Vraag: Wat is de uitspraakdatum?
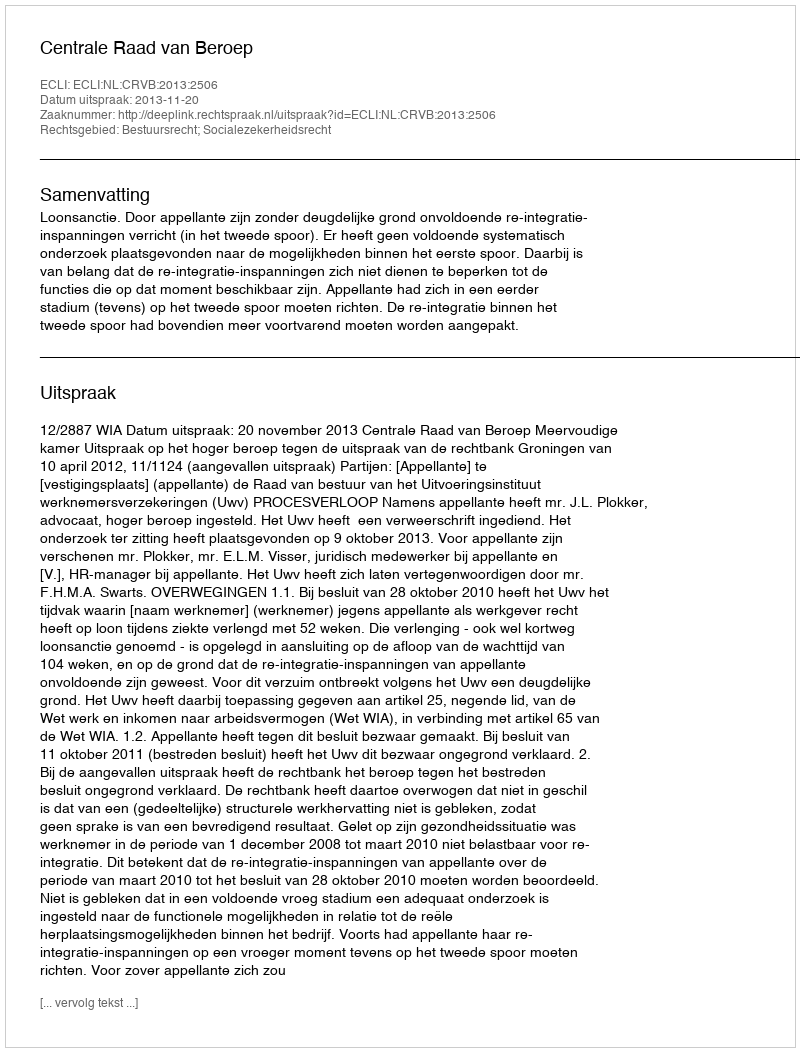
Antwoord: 2013-11-20